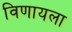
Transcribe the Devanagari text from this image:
विणायला